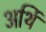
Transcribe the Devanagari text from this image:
अर्थि